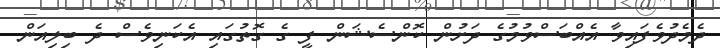
ދެމެދުވެފައިވާ އެއްބަސްވުމުގެ ދަށުން ކޮންސެޝަން ފީ ގެ ގޮތުގައި އެކަނިވެސް ދެ ބިލިއަން